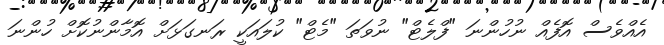
އެއްވެސް އޮފެއް ނުހުންނަ "ފްލެޓް" ނުވަތަ "މެޓް" ކުލައަކީ ރަނގަޅަށް އޮމާންނުކޮށް ހުންނަ